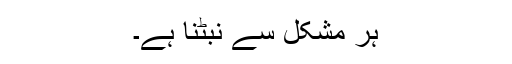
ہر مشکل سے نبٹنا ہے۔